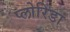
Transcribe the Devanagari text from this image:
प्लोरिडा